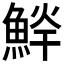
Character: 𱆱